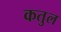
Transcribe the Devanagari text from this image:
कतुल